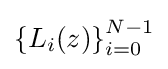
\left\{L_{i}(z)\right\}_{i=0}^{N-1}